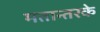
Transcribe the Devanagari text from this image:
मतान्तरके